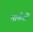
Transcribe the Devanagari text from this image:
मार्कटों